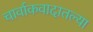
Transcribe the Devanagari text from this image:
चार्वाकवादातल्या